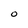
Character: 0